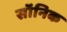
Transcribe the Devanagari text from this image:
सॉनिक